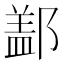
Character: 𨝕